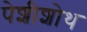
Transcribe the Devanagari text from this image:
पेशीशोथ